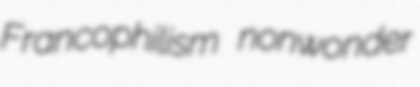
Francophilism nonwonder